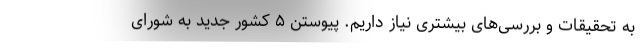
به تحقیقات و بررسی‌های بیشتری نیاز داریم. پیوستن ۵ کشور جدید به شورای